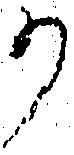
か